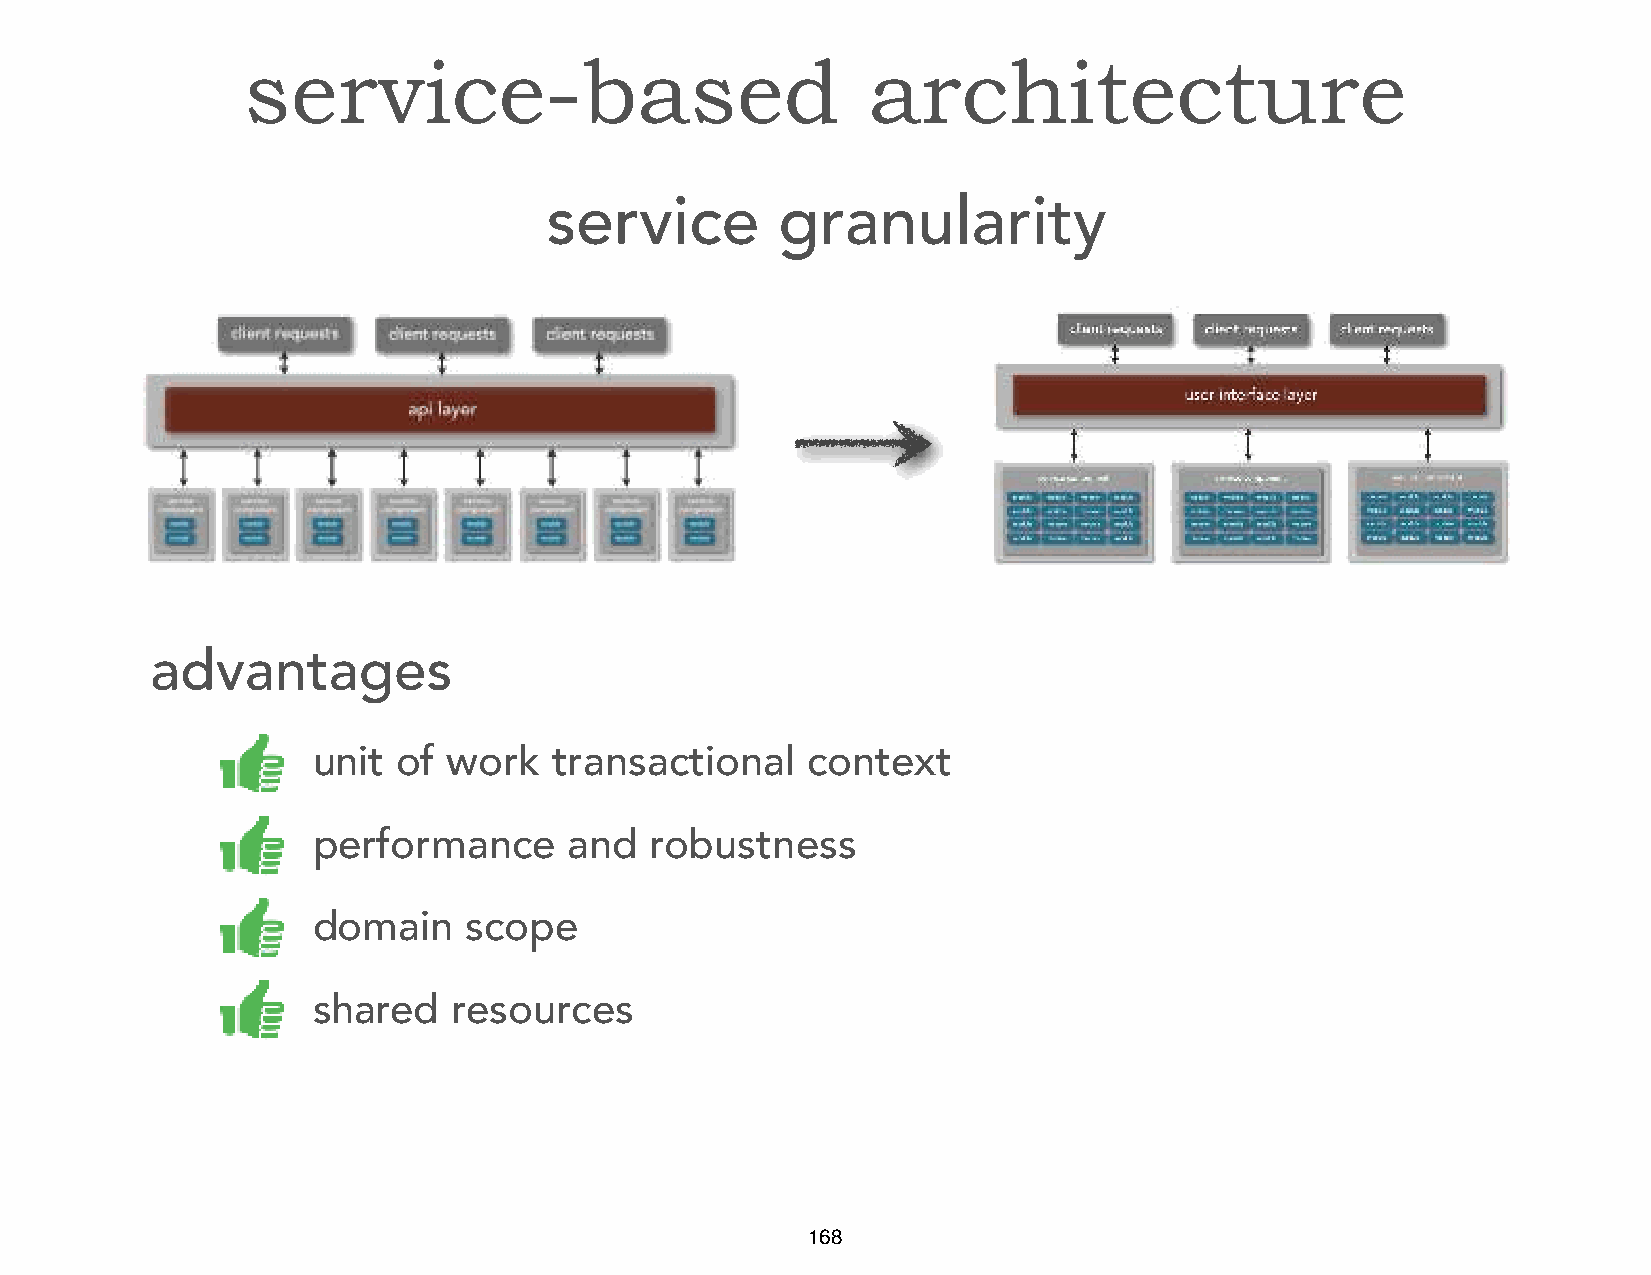
service-based                            architecture
 service        granularity
 advantages
 unit of  work   transactional   context
 performance      and  robustness
 domain    scope
 shared   resources
 168